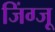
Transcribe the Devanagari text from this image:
जिंग्जू